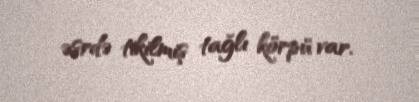
əsrdə tikilmiş tağlı körpü var.